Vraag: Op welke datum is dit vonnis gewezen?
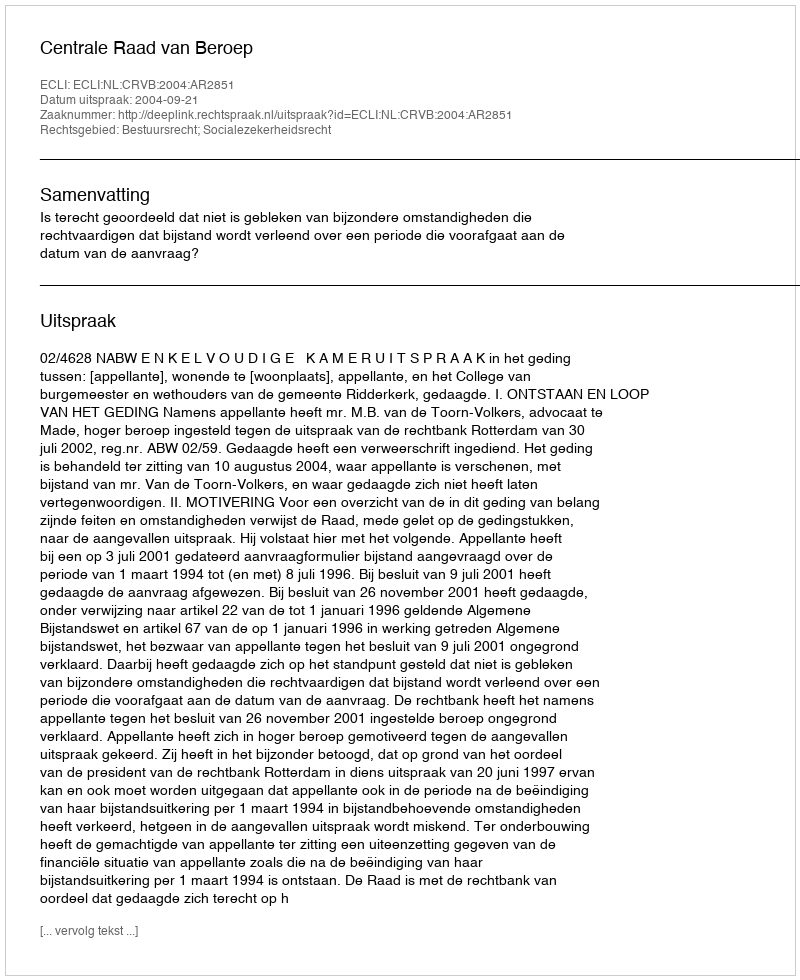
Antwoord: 2004-09-21